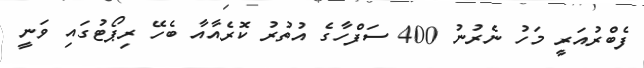
ފެބްރުއަރީ މަހު ނެރުނު 400 ސަފްހާގެ އުތުރު ކޮރެއާއާ ބެހޭ ރިޕޯޓުގައި ވަނީ